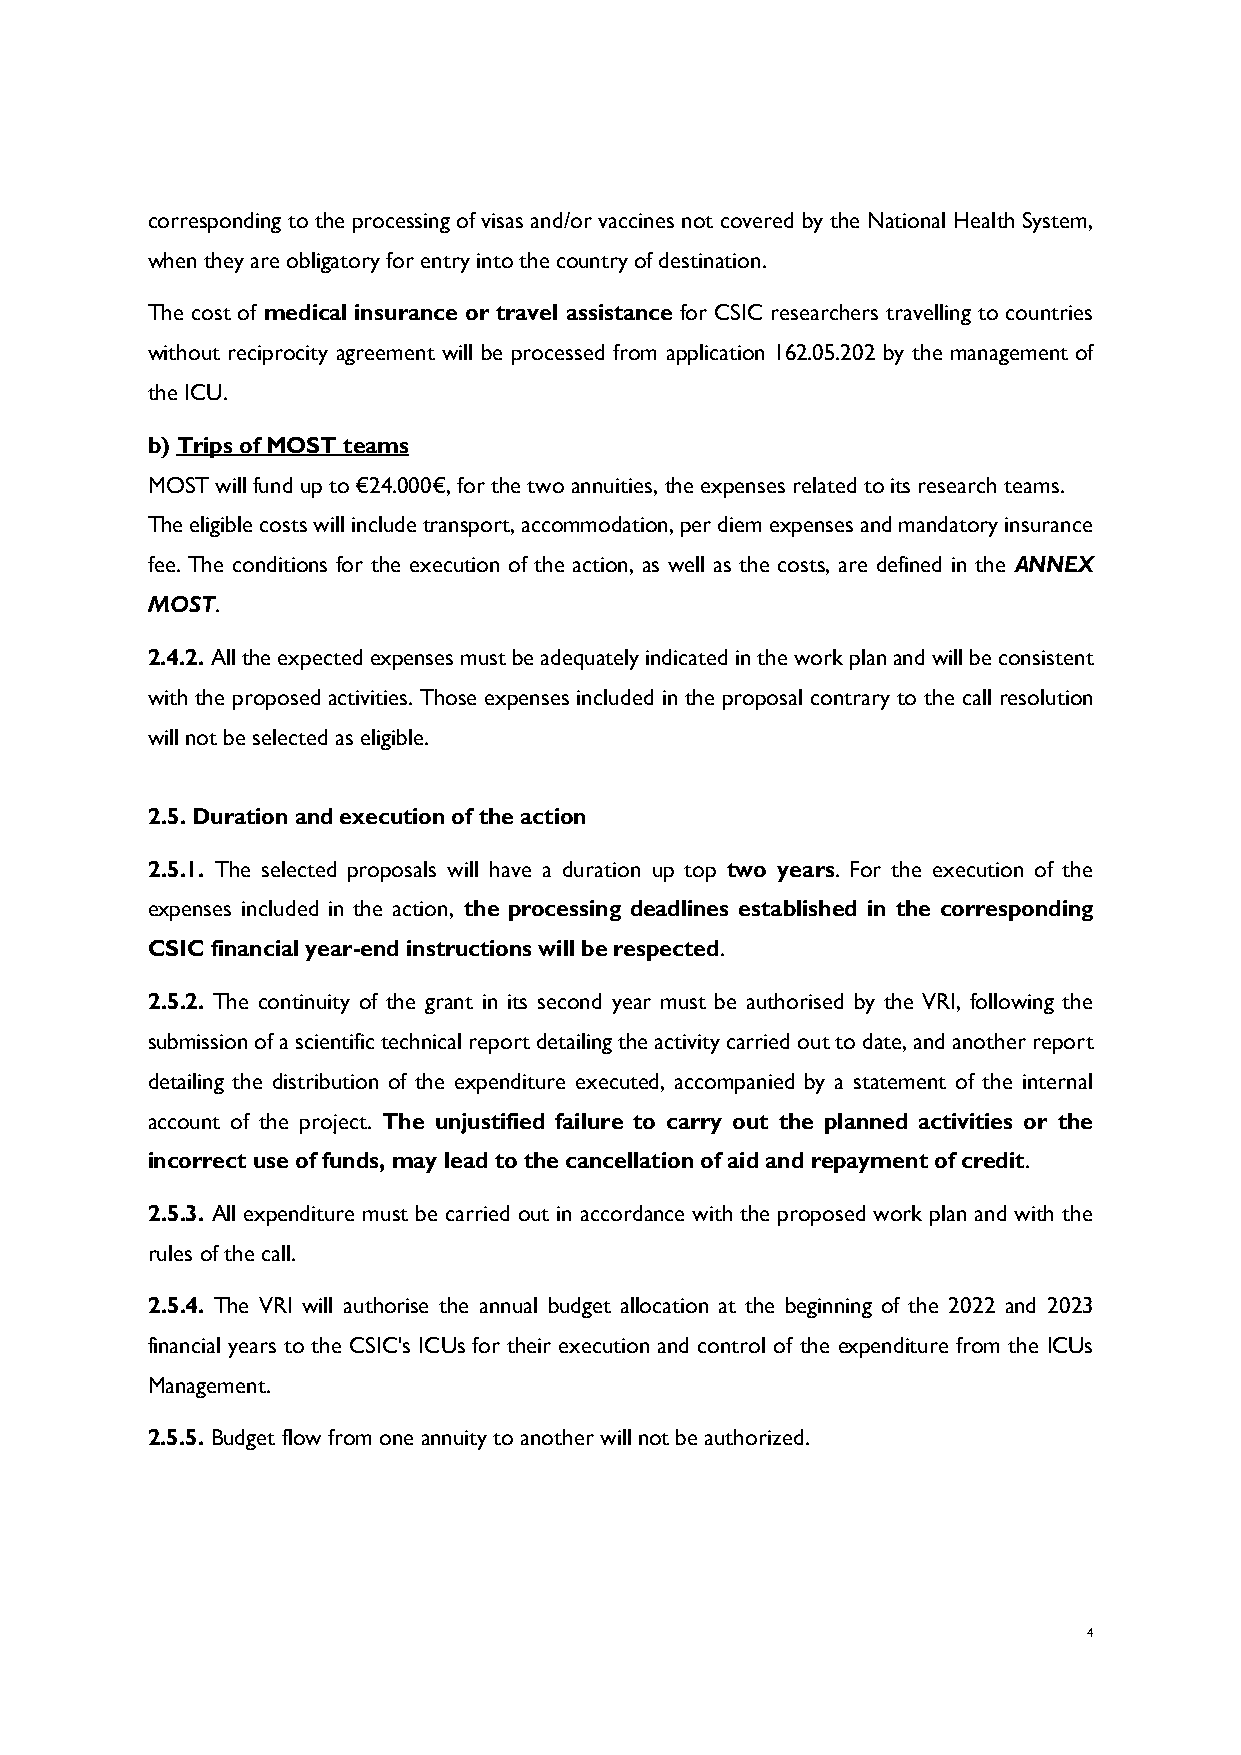
corresponding to the processing of visas and/or vaccines not covered by the National Health System,
 when they are obligatory for entry into the country of destination.
 The cost of medical insurance or travel assistance for CSIC researchers travelling to countries
 without reciprocity agreement will be processed from application 162.05.202 by the management of
 the ICU.
 b) Trips of MOST teams
 MOST will fund up to €24.000€, for the two annuities, the expenses related to its research teams.
 The eligible costs will include transport, accommodation, per diem expenses and mandatory insurance
 fee. The conditions for the execution of the action, as well as the costs, are defined in the ANNEX
 MOST.
 2.4.2. All the expected expenses must be adequately indicated in the work plan and will be consistent
 with the proposed activities. Those expenses included in the proposal contrary to the call resolution
 will not be selected as eligible.
 2.5. Duration and execution of the action
 2.5.1. The selected proposals will have a duration up top two years. For the execution of the
 expenses included in the action, the processing deadlines established in the corresponding
 CSIC financial year-end instructions will be respected.
 2.5.2. The continuity of the grant in its second year must be authorised by the VRI, following the
 submission of a scientific technical report detailing the activity carried out to date, and another report
 detailing the distribution of the expenditure executed, accompanied by a statement of the internal
 account of the project. The unjustified failure to carry out the planned activities or the
 incorrect use of funds, may lead to the cancellation of aid and repayment of credit.
 2.5.3. All expenditure must be carried out in accordance with the proposed work plan and with the
 rules of the call.
 2.5.4. The VRI will authorise the annual budget allocation at the beginning of the 2022 and 2023
 financial years to the CSIC's ICUs for their execution and control of the expenditure from the ICUs
 Management.
 2.5.5. Budget flow from one annuity to another will not be authorized.
 4